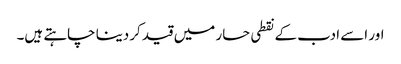
اور اسے ادب کے نقطی حسار میں قید کردینا چاہتے ہیں۔